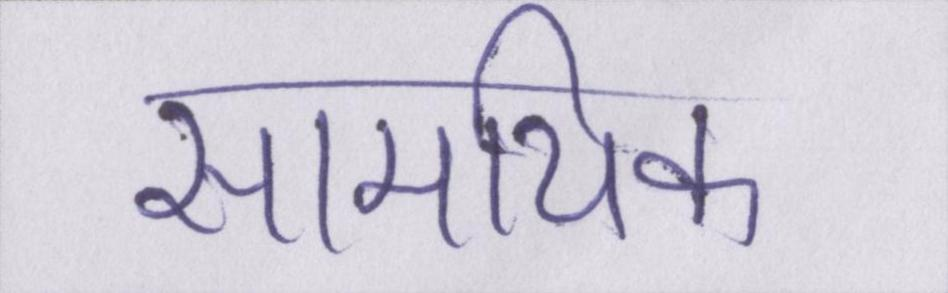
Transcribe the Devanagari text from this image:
सामयिक